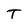
Character: T